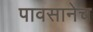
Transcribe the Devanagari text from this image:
पावसानेच